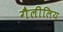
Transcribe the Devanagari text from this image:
गैलीलिय